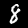
Label: 8